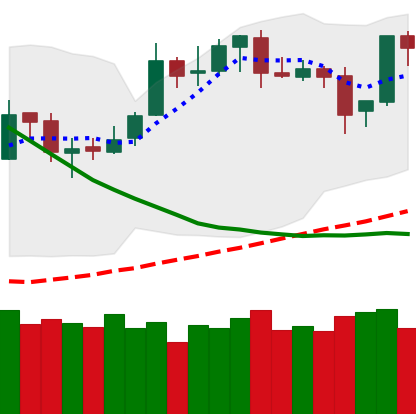
Ticker: BTC-USD
Chart end date: 2019-03-28
Forward return: 19.925%
Label: up_7plus